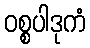
ဝစ္စပါဒုကံ